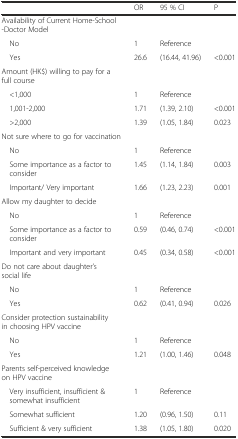
|  | OR | 95 % CI | P |
 | --- | --- | --- | --- |
 | Availability of Current Home-School-Doctor Model |  |  |  |
 | No | 1 | Reference |  |
 | Yes | 26.6 | (16.44, 41.96) | <0.001 |
 | Amount (HK$) willing to pay for a full course |  |  |  |
 | <1,000 | 1 | Reference |  |
 | 1,001-2,000 | 1.71 | (1.39, 2.10) | <0.001 |
 | >2,000 | 1.39 | (1.05, 1.84) | 0.023 |
 | Not sure where to go for vaccination |  |  |  |
 | No | 1 | Reference |  |
 | Some importance as a factor to consider | 1.45 | (1.14, 1.84) | 0.003 |
 | Important/ Very important | 1.66 | (1.23, 2.23) | 0.001 |
 | Allow my daughter to decide |  |  |  |
 | No | 1 | Reference |  |
 | Some importance as a factor to consider | 0.59 | (0.46, 0.74) | <0.001 |
 | Important and very important | 0.45 | (0.34, 0.58) | <0.001 |
 | Do not care about daughter’s social life |  |  |  |
 | No | 1 | Reference |  |
 | Yes | 0.62 | (0.41, 0.94) | 0.026 |
 | Consider protection sustainability in choosing HPV vaccine |  |  |  |
 | No | 1 | Reference |  |
 | Yes | 1.21 | (1.00, 1.46) | 0.048 |
 | Parents self-perceived knowledge on HPV vaccine |  |  |  |
 | Very insufficient, insufficient & somewhat insufficient | 1 | Reference |  |
 | Somewhat sufficient | 1.20 | (0.96, 1.50) | 0.11 |
 | Sufficient & very sufficient | 1.38 | (1.05, 1.80) | 0.020 |